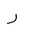
Letter: _ra